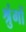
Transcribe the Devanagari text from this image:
श्रुंगों